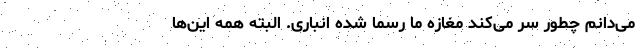
می‌دانم چطور سر می‌کند مغازه ما رسماً شده انباری. البته همه این‌ها